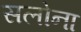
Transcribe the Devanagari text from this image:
सलोना